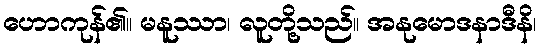
ဟောကုန်၏။ မနူဿာ၊ လူတို့သည်။ အနုမောဒနာဒီနိ၊